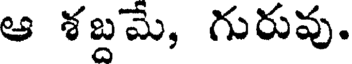
ఆ శబ్దమే, గురువు.